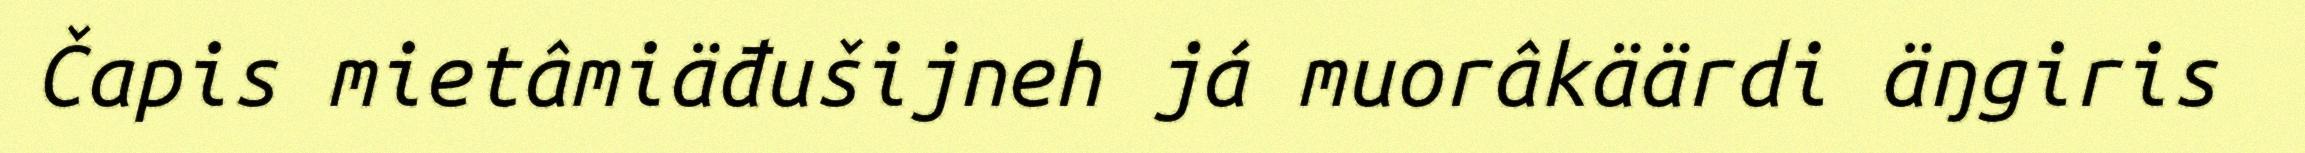
Čapis mietâmiäđušijneh já muorâkäärdi äŋgiris